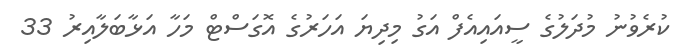
ކުރެވުނު މުދަލުގެ ސީއައިއެފް އަގު މިދިޔަ އަހަރުގެ އޮގަސްޓް މަހާ އަޅާބަލާއިރު 33